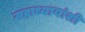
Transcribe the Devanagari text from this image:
सहाध्यायांशी